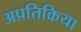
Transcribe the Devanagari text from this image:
अप्रतिक्रिया